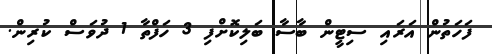
ފަހަތުން އަރައި ސިޓީން ބާސާ ބަލިކޮށްފި 3 ހަފްތާ 1 ދުވަސް ކުރިން.